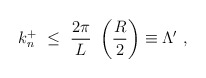
\begin{align*}k_n^+ ~ \leq ~ \frac{ 2 \pi }{ L }~ \left ( \frac {R}{2} \right ) \equiv \Lambda ' ~, \end{align*}